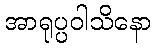
အာရုပ္ပဝါသိနော